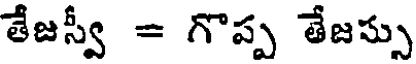
తేజస్వీ = గొప్ప తేజస్సు